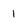
Character: 1